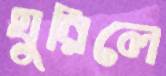
ঘুরিলে